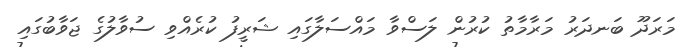
މަރަދޫ ބަނދަރު މަރާމާތު ކުރުން ލަސްވާ މައްސަލާގައި ޝަރީފު ކުރެއްވި ސުވާލުގެ ޖަވާބުގައި